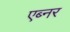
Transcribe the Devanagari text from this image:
एब्नर